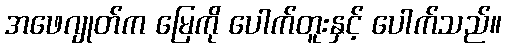
အဖေဂျုတ်က မြေကို ပေါက်တူးနှင့် ပေါက်သည်။